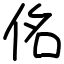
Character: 佲